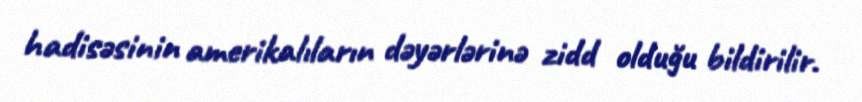
hadisəsinin amerikalıların dəyərlərinə zidd olduğu bildirilir.